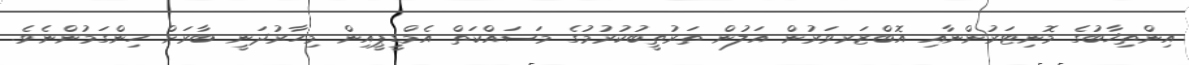
އިންތިޚާބުގެ މޮނިޓަރުންނާއި އޮބްޒަރވަރުން އަލުން ތަރުތީބުކުރުމުގެ މަސައްކަތް އެމްޑީޕީއިން މިހާރުދަނީ ބާރަށް ހިންގަމުންނެވެ.